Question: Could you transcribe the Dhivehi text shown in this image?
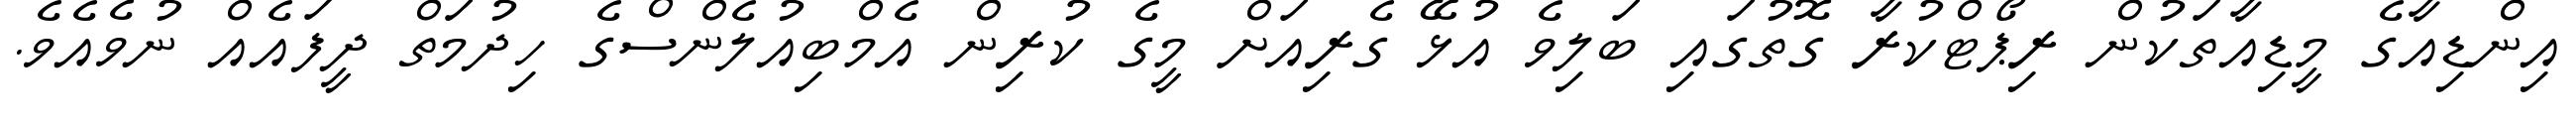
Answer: އިންޑިއާގެ މީޑިއާތަކުން ރިޕޯޓްކުރާ ގޮތުގައި ބަލިވެ އުޅޭ ގެރިއަށް މީގެ ކުރިން އެމްބިއުލެންސްގެ ހިދުމަތް ދީފައެއް ނުވެއެވެ.